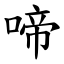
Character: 啼